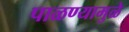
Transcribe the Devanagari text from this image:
पाळण्यामुळे